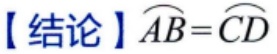
【结论】$\overset{\frown}{AB}=\overset{\frown}{CD}$